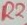
Text: R2